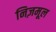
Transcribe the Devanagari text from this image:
निज़मूल